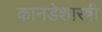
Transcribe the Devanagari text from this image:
कानडेशास्त्री